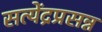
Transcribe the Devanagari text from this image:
सत्येंद्रप्रसन्न